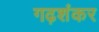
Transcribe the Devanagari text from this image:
गढ़शंकर